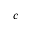
c